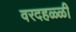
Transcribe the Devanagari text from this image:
वरदहळ्ळी